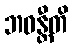
ဘဝန္တီတိ